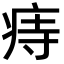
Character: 痔